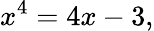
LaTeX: x^{4}=4x-3,